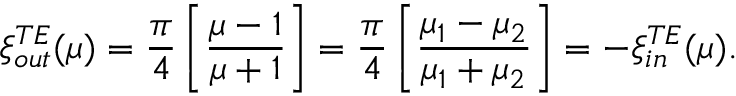
\xi _ { \small o u t } ^ { \small T E } ( \mu ) = { \frac { \pi } { 4 } } \left[ { \frac { \mu - 1 } { \mu + 1 } } \right] = { \frac { \pi } { 4 } } \left[ { \frac { \mu _ { 1 } - \mu _ { 2 } } { \mu _ { 1 } + \mu _ { 2 } } } \right] = - \xi _ { \small i n } ^ { \small T E } ( \mu ) .